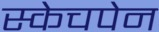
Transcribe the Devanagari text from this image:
स्केचपेन